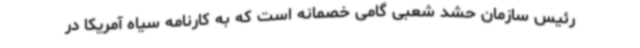
رئیس سازمان حشد شعبی گامی خصمانه است که به کارنامه سیاه آمریکا در